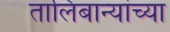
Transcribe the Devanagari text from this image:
तालिबान्यांच्या